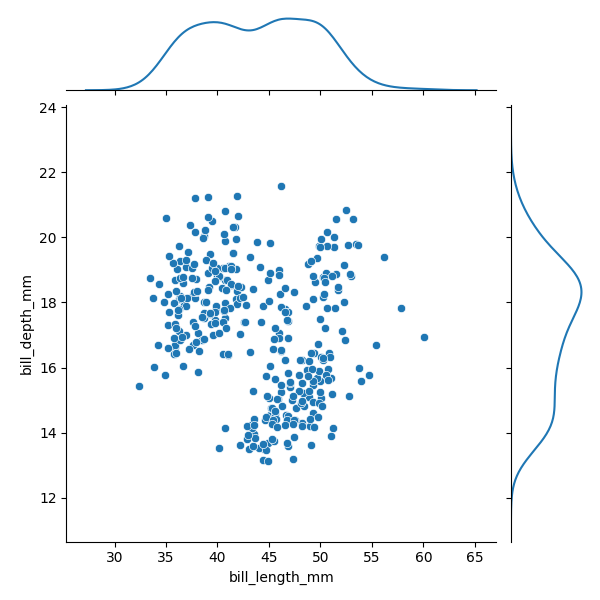
python, seaborn, JointGrid, scatterplot, kdeplot